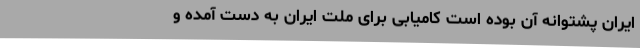
‌ایران پشتوانهٔ آن بوده است کامیابی برای ملت ایران به دست آمده و